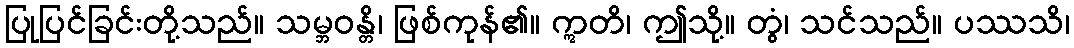
ပြုပြင်ခြင်းတို့သည်။ သမ္ဘဝန္တိ၊ ဖြစ်ကုန်၏။ ဣတိ၊ ဤသို့။ တွံ၊ သင်သည်။ ပဿသိ၊